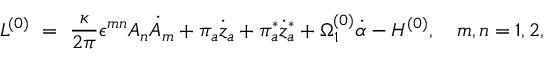
{ \cal L } ^ { ( 0 ) } ~ = ~ \frac { \kappa } { 2 \pi } \epsilon ^ { m n } A _ { n } \dot { A } _ { m } + \pi _ { a } \dot { z } _ { a } + \pi _ { a } ^ { * } \dot { z } _ { a } ^ { * } + \Omega _ { 1 } ^ { ( 0 ) } \dot { \alpha } - { \cal H } ^ { ( 0 ) } , ~ ~ ~ m , n = 1 , 2 ,